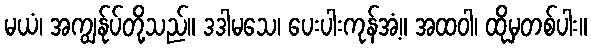
မယံ၊ အကျွန်ုပ်တို့သည်။ ဒဒါမသေ၊ ပေးပါးကုန်အံ့။ အထဝါ၊ ထိုမှတစ်ပါး။